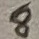
Text: 8